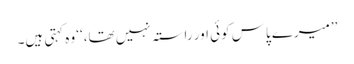
’’میرے پاس کوئی اور راستہ نہیں تھا،‘‘ وہ کہتی ہیں۔